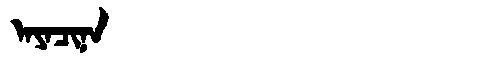
Manchu: ᠠᠶᠠᠴᡳᠨᠠ
Romanization: AYACINA